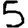
Digit: 5